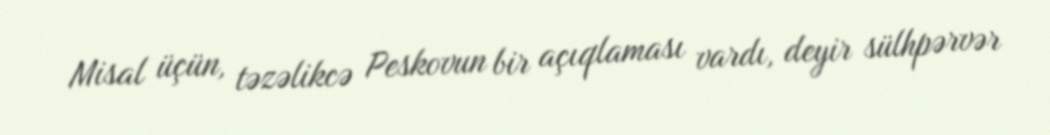
Misal üçün, təzəlikcə Peskovun bir açıqlaması vardı, deyir sülhpərvər